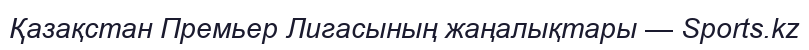
Қазақстан Премьер Лигасының жаңалықтары — Sports.kz